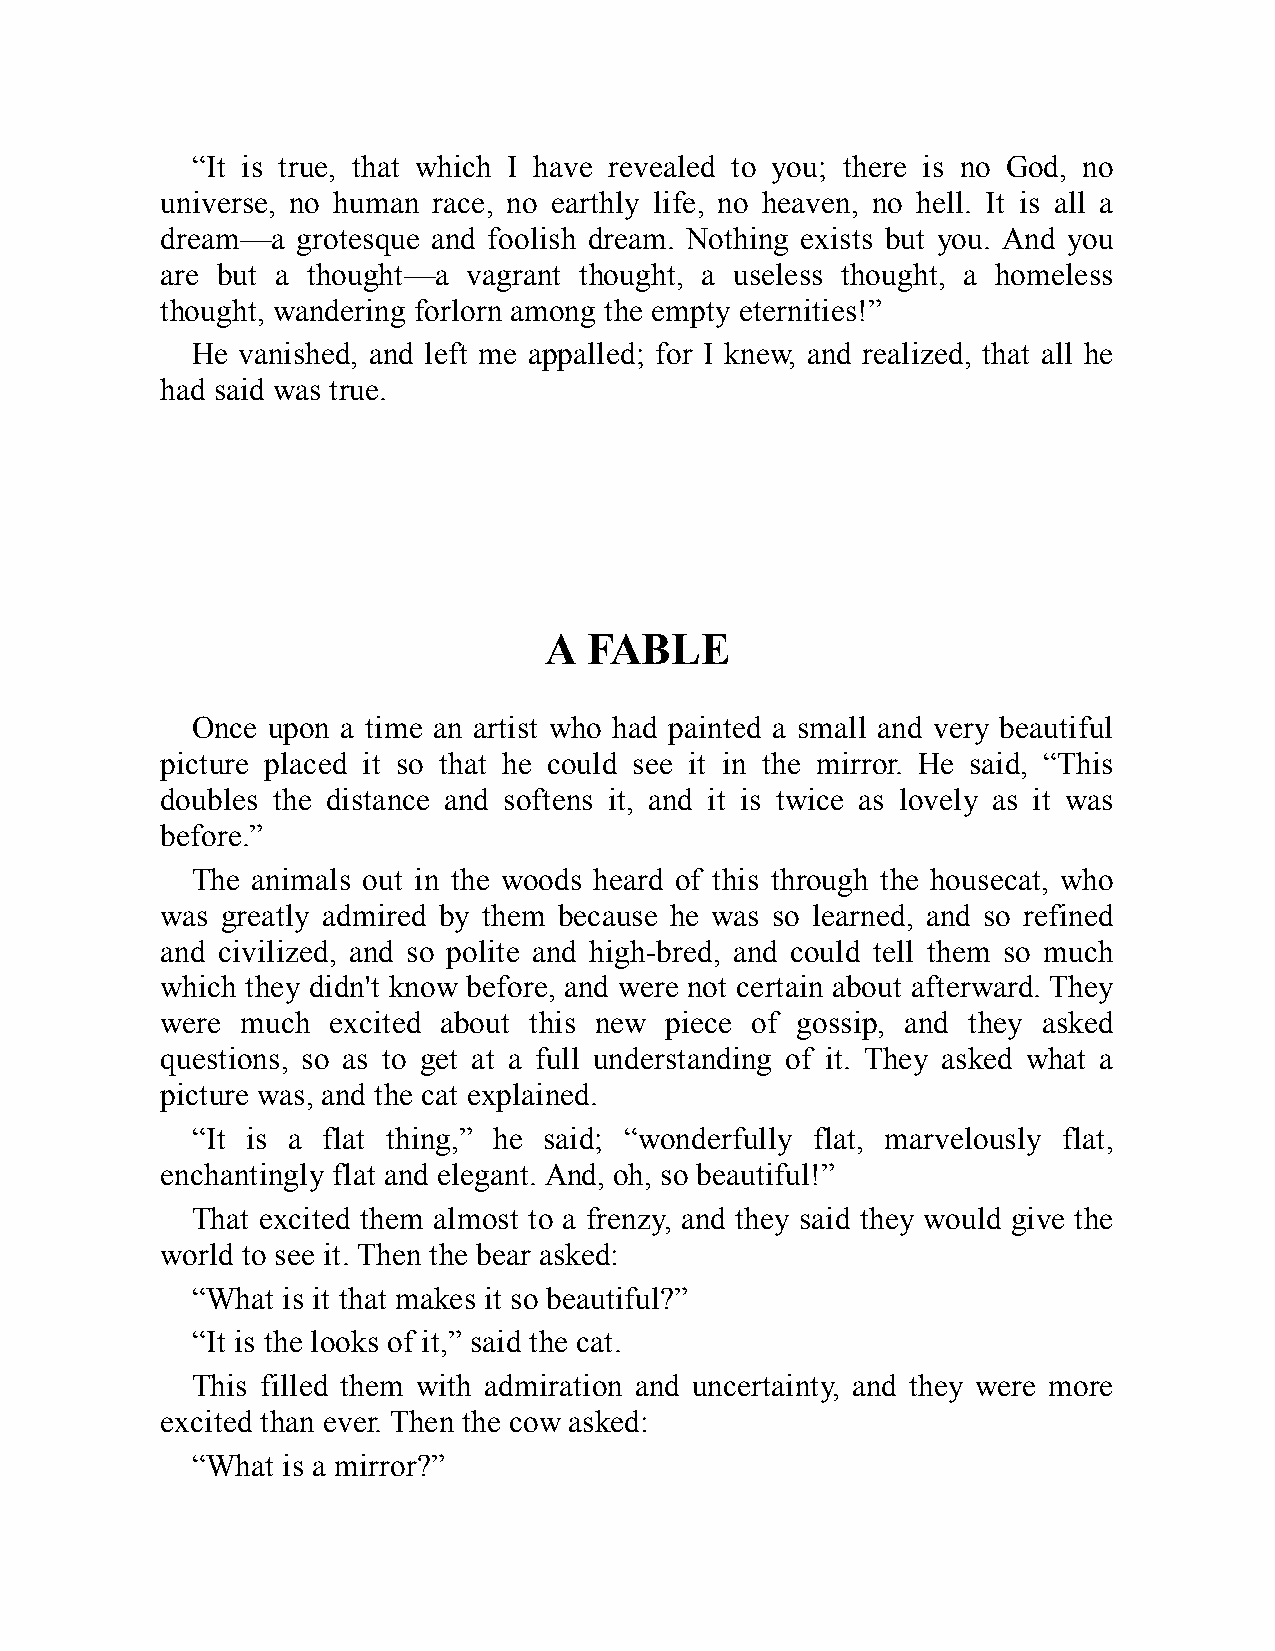
“It is true, that which I have revealed to you; there is no God, no
 universe, no human race, no earthly life, no heaven, no hell. It is all a
 dream—a  grotesque and foolish dream. Nothing exists but you. And you
 are but a thought—a vagrant thought, a useless thought, a homeless
 thought, wandering forlorn among the empty eternities!”
 He vanished, and left me appalled; for I knew, and realized, that all he
 had said was true.
 A  FABLE
 Once upon a time an artist who had painted a small and very beautiful
 picture placed it so that he could see it in the mirror. He said, “This
 doubles the distance and softens it, and it is twice as lovely as it was
 before.”
 The animals out in the woods heard of this through the housecat, who
 was greatly admired by them because he was so learned, and so refined
 and civilized, and so polite and high-bred, and could tell them so much
 which they didn't know before, and were not certain about afterward. They
 were much  excited about this new piece of gossip, and they asked
 questions, so as to get at a full understanding of it. They asked what a
 picture was, and the cat explained.
 “It is a flat thing,” he said; “wonderfully flat, marvelously flat,
 enchantingly flat and elegant. And, oh, so beautiful!”
 That excited them almost to a frenzy, and they said they would give the
 world to see it. Then the bear asked:
 “What is it that makes it so beautiful?”
 “It is the looks of it,” said the cat.
 This filled them with admiration and uncertainty, and they were more
 excited than ever. Then the cow asked:
 “What is a mirror?”